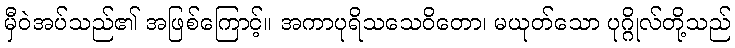
မှီဝဲအပ်သည်၏ အဖြစ်ကြောင့်။ အကာပုရိသသေဝိတော၊ မယုတ်သော ပုဂ္ဂိုလ်တို့သည်